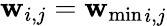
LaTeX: \mathbf{w}_{i,j}={\mathbf{w}_{\mathrm{{min}}}}_{i,j}